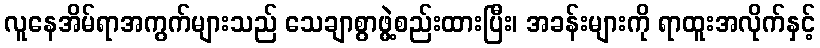
လူနေအိမ်ရာအကွက်များသည် သေချာစွာဖွဲ့စည်းထားပြီး၊ အခန်းများကို ရာထူးအလိုက်နှင့်